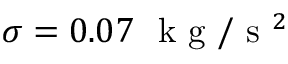
\sigma = 0 . 0 7 ~ { \textrm { k g } } / { \textrm { s } ^ { 2 } }